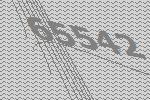
65542